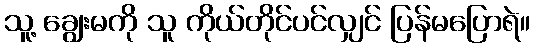
သူ့ ချွေးမကို သူ ကိုယ်တိုင်ပင်လျှင် ပြန်မပြောရဲ။